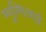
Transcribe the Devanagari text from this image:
म्युन्सिआई